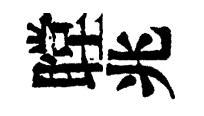
瞠兆